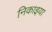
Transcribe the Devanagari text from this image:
निकाइया